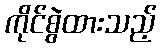
ကိုင်စွဲထားသည့်